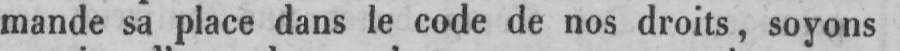
mande sa place dans le code de nos droits, soyons